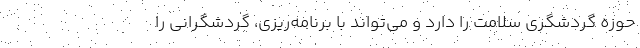
حوزه گردشگری سلامت را دارد و می‌تواند با برنامه‌ریزی، گردشگرانی را